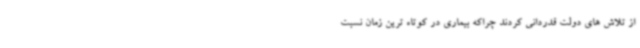
از تلاش های دولت قدردانی کردند چراکه بیماری در کوتاه ترین زمان نسبت